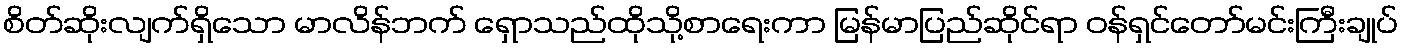
စိတ်ဆိုးလျက်ရှိသော မာလိန်ဘက် ရှောသည်ထိုသို့စာရေးကာ မြန်မာပြည်ဆိုင်ရာ ဝန်ရှင်တော်မင်းကြီးချုပ်